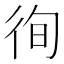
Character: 徇